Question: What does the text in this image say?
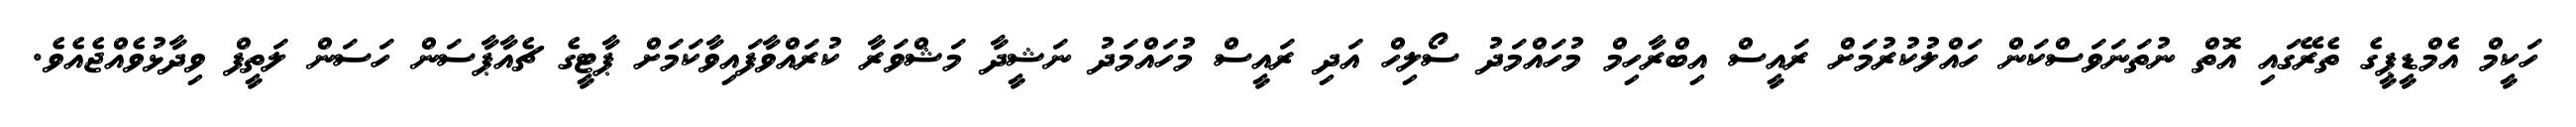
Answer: ހަކީމް އެމްޑީޕީގެ ތެރޭގައި އޮތް ނުތަނަވަސްކަން ހައްލުކުރުމަށް ރައީސް އިބްރާހިމް މުހައްމަދު ސޯލިހް އަދި ރައީސް މުހައްމަދު ނަޝީދާ މަޝްވަރާ ކުރައްވާފައިވާކަމަށް ޕާޓީގެ ޗެއާޕާސަން ހަސަން ލަތީފް ވިދާޅުވެއްޖެއެވެ.